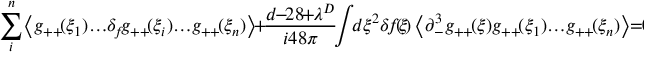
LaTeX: \sum _ { i } ^ { n } \! \left< g _ { + + } \! ( \xi _ { 1 } ) \! \dots \! \delta _ { \! f } \! g _ { + + } \! ( \xi _ { i } ) \! \dots \! g _ { + + } \! ( \xi _ { n } ) \right> \! + \! \frac { d \! \! - \! \! 2 8 \! \! + \! \! \lambda ^ { D } } { i 4 8 \pi } \! \! \int \! \! d \xi ^ { 2 } \! \, \delta \! f \! ( \! \xi \! ) \left< \partial _ { - } ^ { 3 } g _ { + + } \! ( \xi ) g _ { + + } \! ( \xi _ { 1 } ) \! \dots \! g _ { + + } \! ( \xi _ { n } ) \right> \! \! = \! \! 0 .